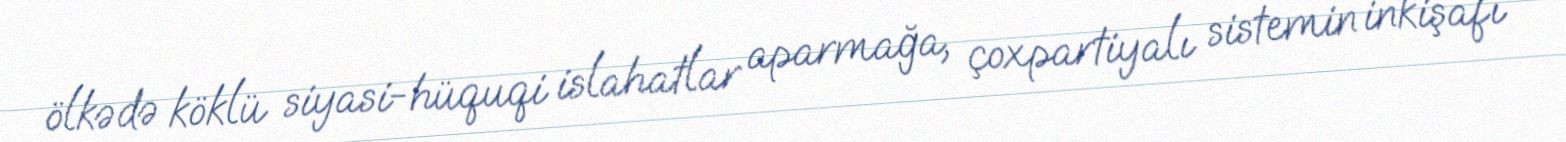
ölkədə köklü siyasi-hüquqi islahatlar aparmağa, çoxpartiyalı sistemin inkişafı